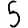
Digit: 5